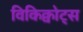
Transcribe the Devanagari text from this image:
विकिक्वोट्स